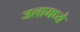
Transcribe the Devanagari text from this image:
जलामध्ये